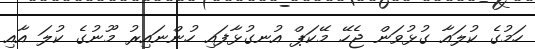
ހަމުގެ ކުލައާ ގުޅުވަން ޖެހޭ މޭކަޕް އުނގުޅާފައި ހުންނައިރު މޫނުގެ ކުލަ އާއި